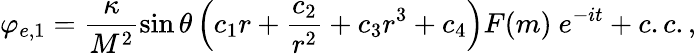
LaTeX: \varphi_{e,1}=\frac{\kappa}{M^{2}}\sin{\theta}\left(c_{1}r+\frac{c_{2}}{r^{2}}+c_{3}r^{3}+c_{4}\right)F(m)~e^{-it}+c.c.,